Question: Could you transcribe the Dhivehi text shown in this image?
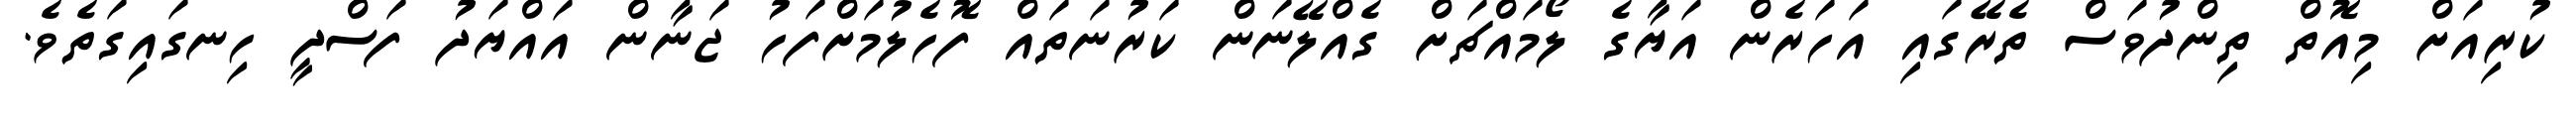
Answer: ކުރިއަށް މިއޮތް ތިންދުވަސް ތެރޭގައި އަހަރެން އަޔާގެ ލޯމައްޗަށް ގެއްލޭނަން ކަރުނަތައް ފޮހެލުމަށްފަހު ޖަނާން އައްޔަދު ފަސްދީ ހިނގައިގަތެވެ.